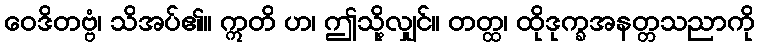
ဝေဒိတဗ္ဗံ၊ သိအပ်၏။ ဣတိ ဟ၊ ဤသို့လျှင်။ တတ္ထ၊ ထိုဒုက္ခအနတ္တသညာကို